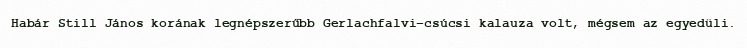
Habár Still János korának legnépszerűbb Gerlachfalvi-csúcsi kalauza volt, mégsem az egyedüli.